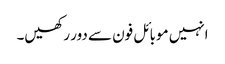
انہیں موبائل فون سے دور رکھیں۔